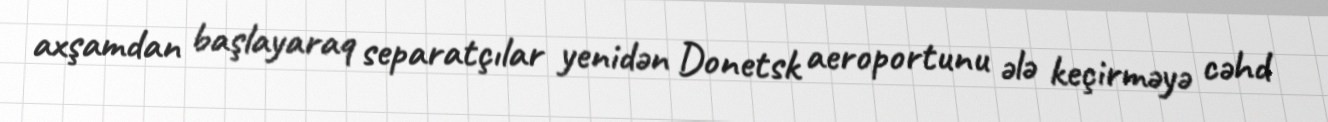
axşamdan başlayaraq separatçılar yenidən Donetsk aeroportunu ələ keçirməyə cəhd